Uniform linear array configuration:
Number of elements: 12
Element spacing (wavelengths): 0.75
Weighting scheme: uniform
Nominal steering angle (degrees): -15
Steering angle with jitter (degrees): -14.577
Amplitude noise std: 0.05
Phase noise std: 0.05

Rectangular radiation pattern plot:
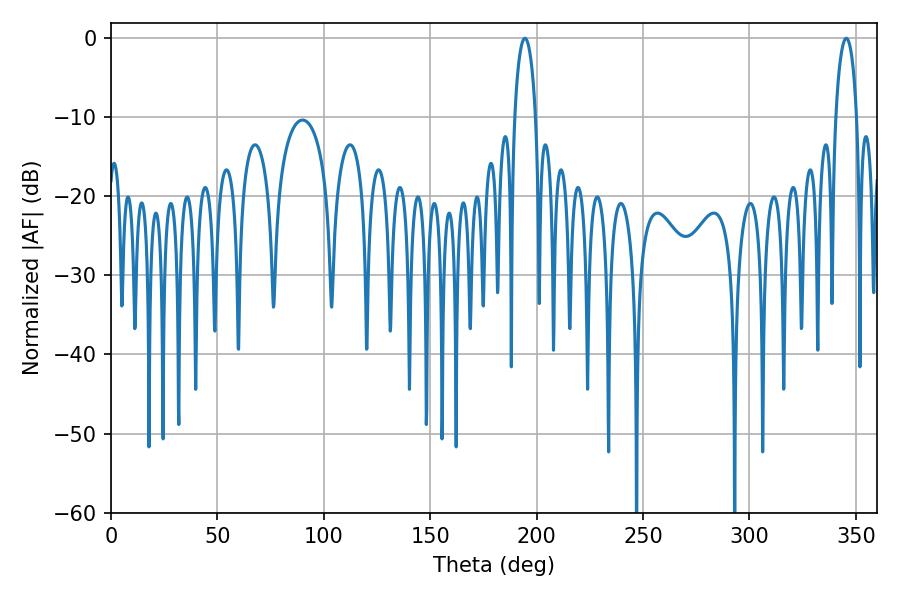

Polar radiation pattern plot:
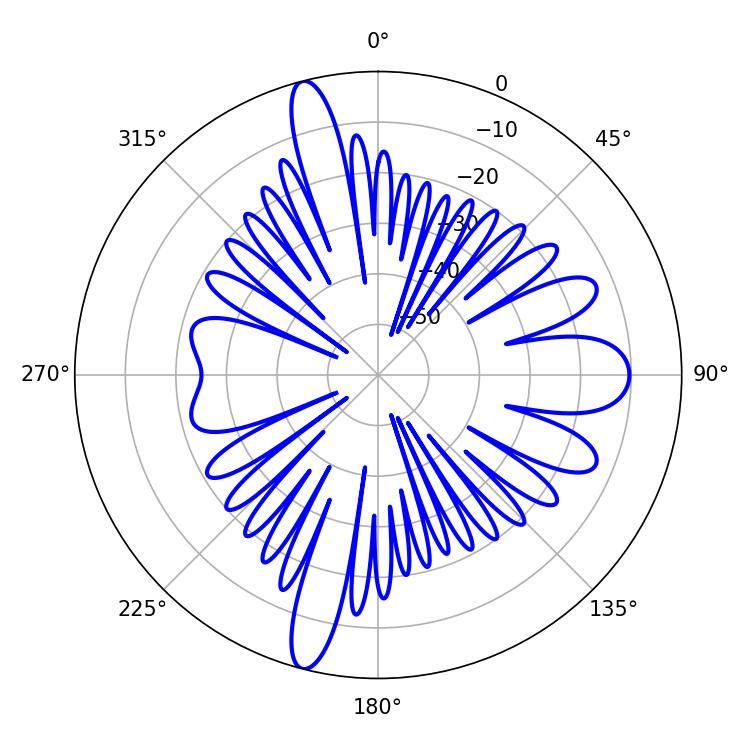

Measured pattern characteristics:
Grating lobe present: TRUE
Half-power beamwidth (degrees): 5.58
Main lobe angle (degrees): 345.42